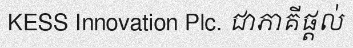
KESS Innovation Plc. ជាភាគីផ្តល់